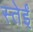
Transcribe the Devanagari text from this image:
स्तेईं